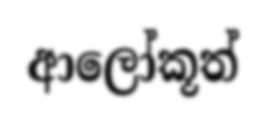
ආලෝකූත්